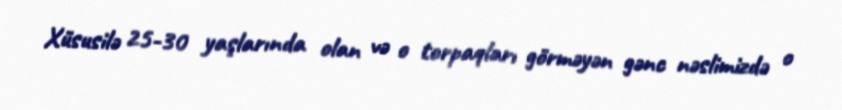
Xüsusilə 25-30 yaşlarında olan və o torpaqları görməyən gənc nəslimizdə o